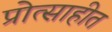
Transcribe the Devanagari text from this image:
प्रोत्साहीत